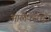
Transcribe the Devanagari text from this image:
आलेक्सांद्रा